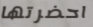
احضرتها